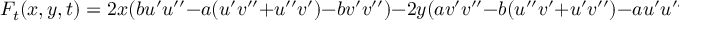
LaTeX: F _ { t } ( x , y , t ) = 2 x ( b u ^ { \prime } u ^ { \prime \prime } - a ( u ^ { \prime } v ^ { \prime \prime } + u ^ { \prime \prime } v ^ { \prime } ) - b v ^ { \prime } v ^ { \prime \prime } ) - 2 y ( a v ^ { \prime } v ^ { \prime \prime } - b ( u ^ { \prime \prime } v ^ { \prime } + u ^ { \prime } v ^ { \prime \prime } ) - a u ^ { \prime } u ^ { \prime \prime } )